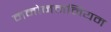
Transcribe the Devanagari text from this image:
मनोनमनियम